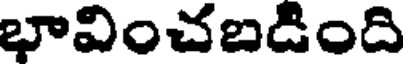
భావించబడింది